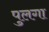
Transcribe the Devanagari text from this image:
पुलगा